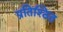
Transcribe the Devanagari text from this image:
प्रतिश्ठित